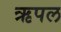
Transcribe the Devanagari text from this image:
ऋपल